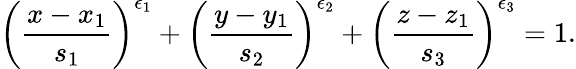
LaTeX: \left(\frac{x-x_{1}}{s_{1}}\right)^{\epsilon_{1}}+\left(\frac{y-y_{1}}{s_{2}}\right)^{\epsilon_{2}}+\left(\frac{z-z_{1}}{s_{3}}\right)^{\epsilon_{3}}=1.